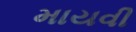
માયવી